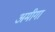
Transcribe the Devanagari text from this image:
अमीगा